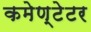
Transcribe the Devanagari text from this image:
कमेण्टेटर